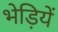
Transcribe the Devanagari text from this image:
भेड़ियें